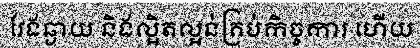
វែងឆ្ងាយ និងល្អិតល្អន់គ្រប់កិច្ចការ ហើយ